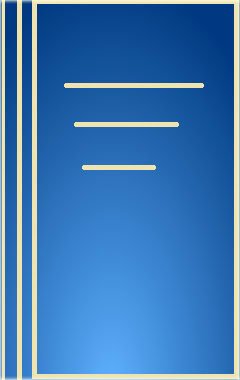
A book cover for Advances in Photochemistry (Volume 13); Science & Math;